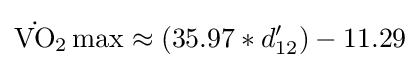
{{\dot {\mathrm {VO} }}{\vphantom {A}}_{\smash[{t}]{2}}}\max \approx {(35.97*d'_{12})-11.29}